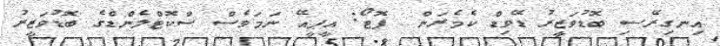
އިނގިރޭސި ބޮޑުވަޒީރު ޑޭވިޑް ކެމެރަން  ފޮޓޯ: އީޕީއޭ ނަމަވެސް ސްކޮޓްލެންޑްގެ ބޮޑުވަޒީރު